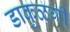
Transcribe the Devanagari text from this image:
डाकुळगी